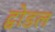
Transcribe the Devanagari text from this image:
ट्वोडल